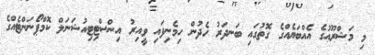
މި މަޝްރޫޢުގެ އެއްބަޔެއްގެ ގޮތުގައި ބަނދަރު ހެދުން ހިމެނިފައި ވީއިރު އިންސްޓިޓިއުޝަނަލް ކޮމްޕޯނަންޓެއްގެ